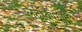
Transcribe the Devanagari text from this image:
लढविण्यात